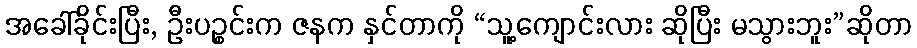
အခေါ်ခိုင်းပြီး, ဦးပဉ္စင်းက ဇနက နှင်တာကို “သူ့ကျောင်းလား ဆိုပြီး မသွားဘူး”ဆိုတာ